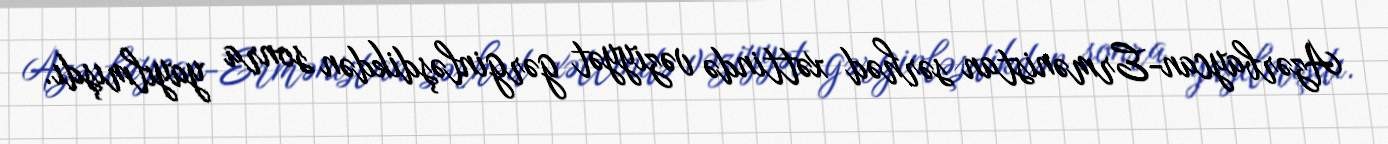
Azərbaycan-Ermənistan sərhəd xəttində vəziyyət gərginləşdikdən sonra yayılmışdı.